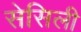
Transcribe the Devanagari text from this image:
सेसिली